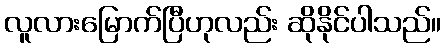
လူလားမြောက်ပြီဟုလည်း ဆိုနိုင်ပါသည်။